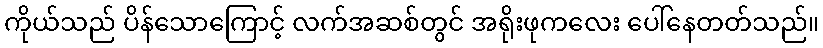
ကိုယ်သည် ပိန်သောကြောင့် လက်အဆစ်တွင် အရိုးဖုကလေး ပေါ်နေတတ်သည်။